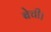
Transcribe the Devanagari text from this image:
बेची।